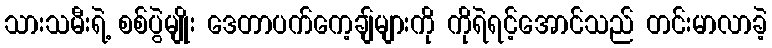
သားသမီးရဲ့ စစ်ပွဲမျိုး ဒေတာပက်ကေ့ချ်များကို ကိုရဲရင့်အောင်သည် တင်းမာလာခဲ့